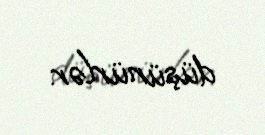
düşünürlər.